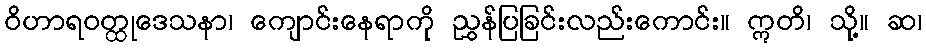
ဝိဟာရဝတ္ထုဒေသနာ၊ ကျောင်းနေရာကို ညွှန်ပြခြင်းလည်းကောင်း။ ဣတိ၊ သို့။ ဆ၊